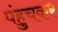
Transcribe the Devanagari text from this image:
पंहुचकर